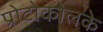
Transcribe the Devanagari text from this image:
प्रोटोकोलके